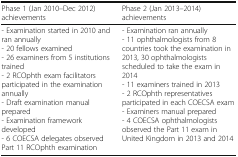
<table><thead><tr><td><b>Phase 1 (Jan 2010–Dec 2012) achievements</b></td><td><b>Phase 2 (Jan 2013–2014) achievements</b></td></tr></thead><tbody><tr><td>- Examination started in 2010 and ran annually- 20 fellows examined- 26 examiners from 5 institutions trained- 2 RCOphth exam facilitators participated in the examination annually- Draft examination manual prepared- Examination framework developed- 6 COECSA delegates observed Part 11 RCOphth examination</td><td>- Examination ran annually- 11 ophthalmologists from 8 countries took the examination in 2013, 30 ophthalmologists scheduled to take the exam in 2014- 11 examiners trained in 2013- 2 RCOphth representatives participated in each COECSA exam- Examiners manual prepared- 4 COECSA ophthalmologists observed the Part 11 exam in United Kingdom in 2013 and 2014</td></tr></tbody></table>